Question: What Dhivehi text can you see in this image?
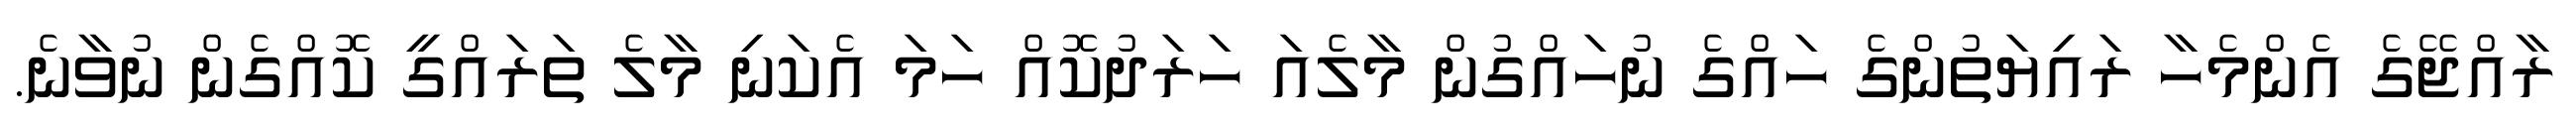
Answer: ރާއްޖޭގެ އެންމެހާ ރައިޔަތުންގެ ހައްގެ ނުހައްގުން މާލެއަ ހަރަދުކޮއް ހަމަ އެކަނި މާލެ ތަރައްގީ ކޮއްގެން ނުވާނެ.